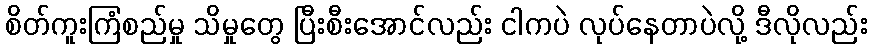
စိတ်ကူးကြံစည်မှု သိမှုတွေ ပြီးစီးအောင်လည်း ငါကပဲ လုပ်နေတာပဲလို့ ဒီလိုလည်း